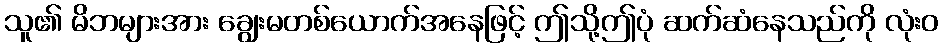
သူ၏ မိဘများအား ချွေးမတစ်ယောက်အနေဖြင့် ဤသို့ဤပုံ ဆက်ဆံနေသည်ကို လုံးဝ